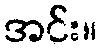
အင်း။